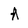
Character: A